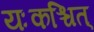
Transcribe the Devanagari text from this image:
यःकश्चित्